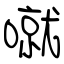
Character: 噈